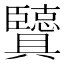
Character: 𦣶